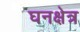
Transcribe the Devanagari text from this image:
घनक्षेत्र